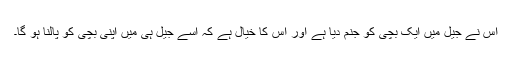
اُس نے جيل ميں ايک بچی کو جنم ديا ہے اور اس کا خيال ہے کہ اُسے جيل ہی ميں اپنی بچی کو پالنا ہو گا۔